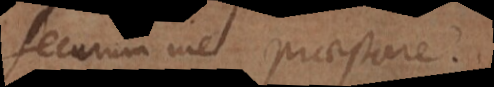
securum me praestare.